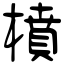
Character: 橨